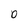
Character: o